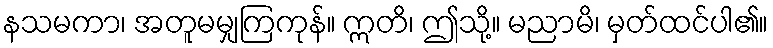
နသမကာ၊ အတူမမျှကြကုန်။ ဣတိ၊ ဤသို့။ မညာမိ၊ မှတ်ထင်ပါ၏။